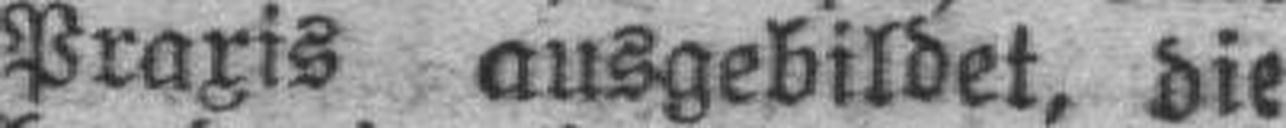
Praxis ausgebildet, die